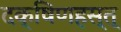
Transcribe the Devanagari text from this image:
दक्षिणहस्त्